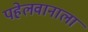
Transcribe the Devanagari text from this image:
पहेलवानाला